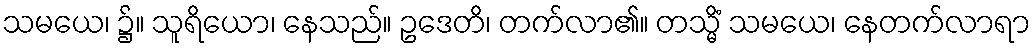
သမယေ၊ ၌။ သူရိယော၊ နေသည်။ ဥဒေတိ၊ တက်လာ၏။ တသ္မိံ သမယေ၊ နေတက်လာရာ